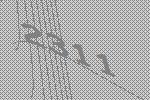
2311